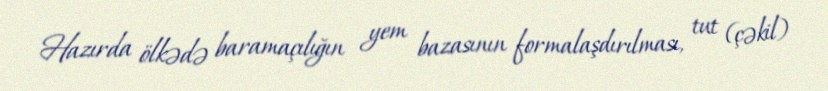
Hazırda ölkədə baramaçılığın yem bazasının formalaşdırılması, tut (çəkil)